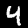
Digit: 4